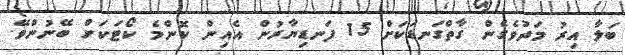
ބަލާ އިރު މަދުވެގެން ގާތްގަނޑަކަށް 15 ފަނޑިޔާރުން އެއިން ކޮންމެ ކޯޓަކަށް ބޭނުންވޭ.